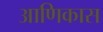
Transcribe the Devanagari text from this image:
आणिकास